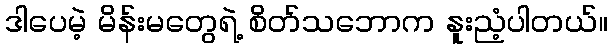
ဒါပေမဲ့ မိန်းမတွေရဲ့ စိတ်သဘောက နူးညံ့ပါတယ်။